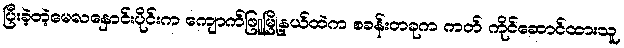
ပြီးခဲ့တဲ့မေလနှောင်းပိုင်းက ကျောက်ဖြူမြို့နယ်ထဲက စခန်းတခုက ကတ် ကိုင်ဆောင်ထားသူ